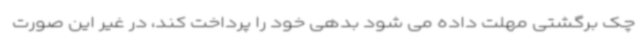
چک برگشتی مهلت داده می شود بدهی خود را پرداخت کند، در غیر این صورت